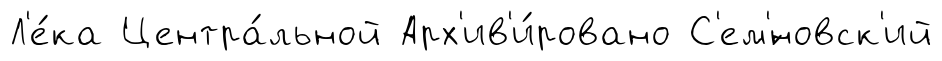
Л'е́ка Центра́льной Арх'ив'и́ровано С'ем'́новск'ий